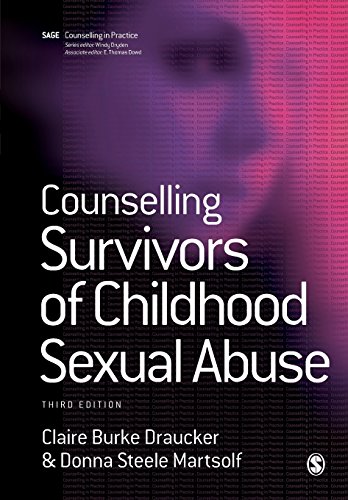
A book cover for Counseling Survivors of Childhood Sexual Abuse (US ONLY) (Therapy in Practice); Claire Burke Draucker; Politics & Social Sciences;